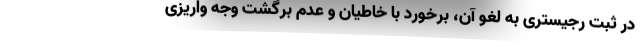
در ثبت رجیستری به لغو آن، برخورد با خاطیان و عدم برگشت وجه واریزی